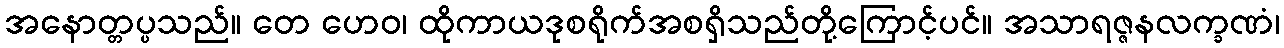
အနောတ္တပ္ပသည်။ တေ ဟေဝ၊ ထိုကာယဒုစရိုက်အစရှိသည်တို့ကြောင့်ပင်။ အသာရဇ္ဇနလက္ခဏံ၊